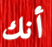
أنك